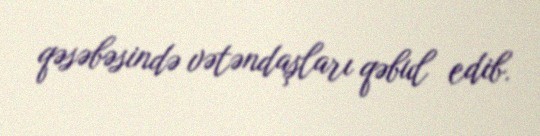
qəsəbəsində vətəndaşları qəbul edib.